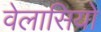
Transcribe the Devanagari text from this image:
वेलासियो